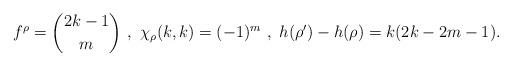
LaTeX: \begin{align*}f^\rho = {2k-1 \choose m} \ , \ \chi_\rho(k,k) = (-1)^m \ , \ h(\rho')-h(\rho) = k (2k-2m-1).\end{align*}